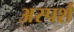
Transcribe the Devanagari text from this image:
अस्पर्श